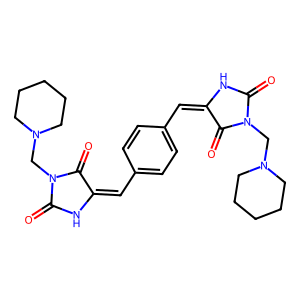
SMILES: O=C1NC(=Cc2ccc(C=C3NC(=O)N(CN4CCCCC4)C3=O)cc2)C(=O)N1CN1CCCCC1
Inhibits HIV replication: No